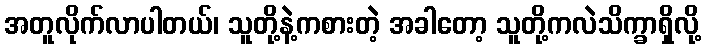
အတူလိုက်လာပါတယ်၊ သူတို့နဲ့ကစားတဲ့ အခါတော့ သူတို့ကလဲသိက္ခာရှိလို့